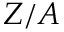
Z / A